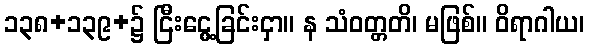
၁၃၈+၁၃၉+၌ ငြီးငွေ့ခြင်းငှာ။ န သံဝတ္တတိ၊ မဖြစ်။ ဝိရာဂါယ၊